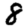
Digit: 8